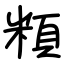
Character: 頪